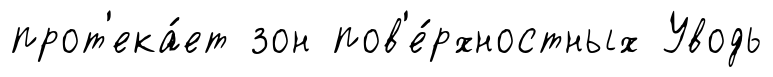
прот'ека́ет зон пов'е́рхностных Уводь